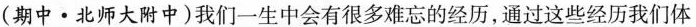
(期中·北师大附中)我们一生中会有很多难忘的经历，通过这些经历我们体